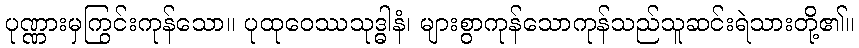
ပုဏ္ဏားမှကြွင်းကုန်သော။ ပုထုဝေဿသုဒ္ဓါနံ၊ များစွာကုန်သောကုန်သည်သူဆင်းရဲသားတို့၏။